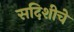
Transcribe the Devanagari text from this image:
सदिशीचे